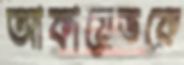
আকায়েভকে